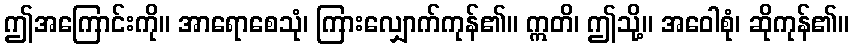
ဤအကြောင်းကို။ အာရောစေသုံ၊ ကြားလျှောက်ကုန်၏။ ဣတိ၊ ဤသို့။ အဝေါစုံ၊ ဆိုကုန်၏။